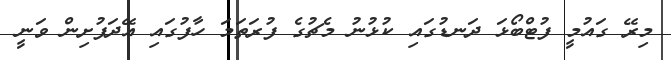
މިރޭ ގައުމީ ފުޓްބޯޅަ ދަނޑުގައި ކުޅުނު މެޗުގެ ފުރަތަމަ ހާފުގައި އޭދަފުށިން ވަނީ